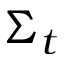
\Sigma _ { t }